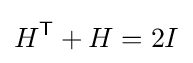
H^{\textsf {T}}+H=2I